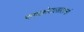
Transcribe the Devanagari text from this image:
रणछोडलालनां